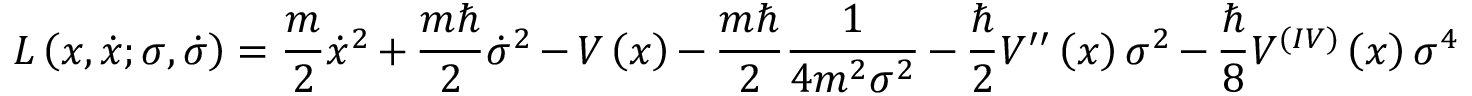
L \left( x , \dot { x } ; \sigma , \dot { \sigma } \right) = \frac { m } { 2 } \dot { x } ^ { 2 } + \frac { m \hbar } { 2 } \dot { \sigma } ^ { 2 } - V \left( x \right) - \frac { m \hbar } { 2 } \frac { 1 } { 4 m ^ { 2 } \sigma ^ { 2 } } - \frac { \hbar } { 2 } V ^ { \prime \prime } \left( x \right) \sigma ^ { 2 } - \frac { \hbar } { 8 } V ^ { ( I V ) } \left( x \right) \sigma ^ { 4 }